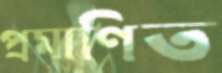
প্রমাণিত